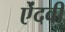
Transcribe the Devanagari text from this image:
ऐंदवी